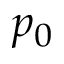
p _ { 0 }